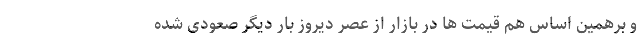
و برهمین اساس هم قیمت ها در بازار از عصر دیروز بار دیگر صعودی شده